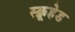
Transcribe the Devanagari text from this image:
स्क्रूहेड